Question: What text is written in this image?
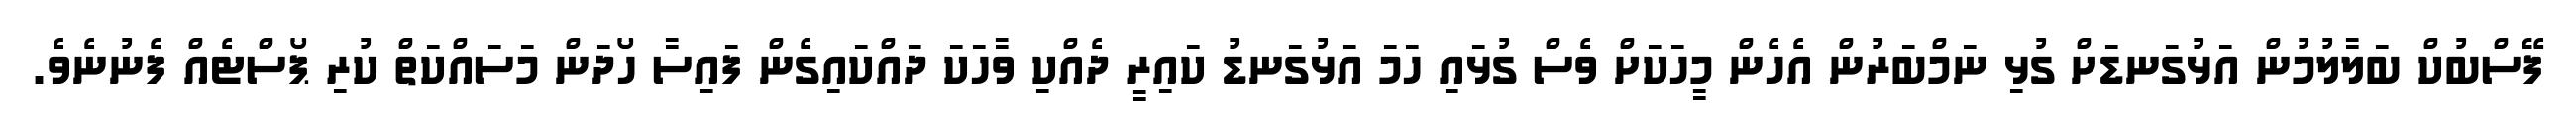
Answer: ފޭސްބުކް ބަލާލުމުން އަޅުގަނޑަށް ގުޅި ނަމްބަރުން އެހެން މީހަކަށް ވެސް ގުޅައި ހަމަ އަޅުގަނޑު ކައިރީ ދެއްކި ވާހަކަ ދައްކައިގެން ފައިސާ ހޯދަން މަސައްކަތް ކުރި ޕޯސްޓެއް ފެނުނެވެ.